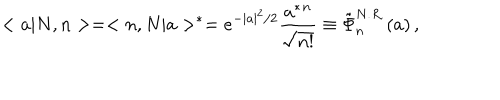
< a | N , n > = < n , N | a > ^ { * } = e ^ { - | a | ^ { 2 } / 2 } \frac { a ^ { * } { } ^ { n } } { \sqrt { n ! } } \equiv \tilde { \Phi } _ { n } ^ { N . R . } ( a ) \, ,